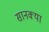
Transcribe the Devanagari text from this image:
सानक्या